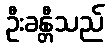
ဦးခန္တီသည်